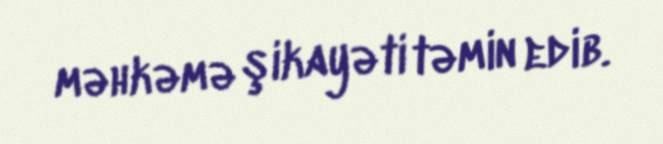
məhkəmə şikayəti təmin edib.